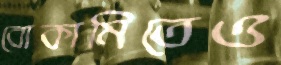
বোকামিতেও